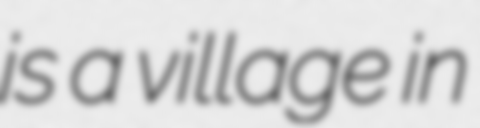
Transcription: is a village in